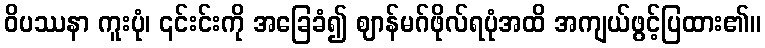
ဝိပဿနာ ကူးပုံ၊ ၎င်းင်းကို အခြေခံ၍ ဈာန်မဂ်ဖိုလ်ရပုံအထိ အကျယ်ဖွင့်ပြထား၏။